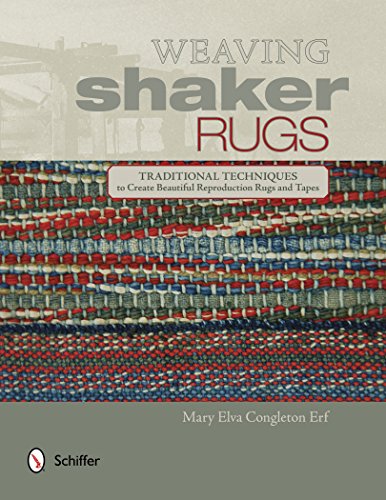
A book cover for Weaving Shaker Rugs: Traditional Techniques to Create Beautiful Reproduction Rugs and Tapes; Mary Elva Congleton Erf; Crafts, Hobbies & Home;